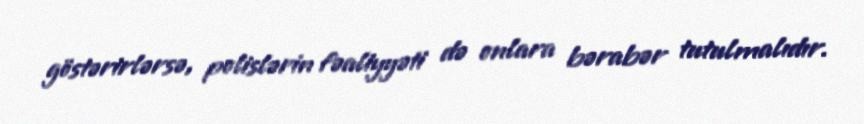
göstərirlərsə, polislərin fəaliyyəti də onlara bərabər tutulmalıdır.